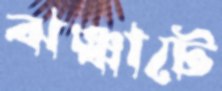
ঝঞ্ঝাটে